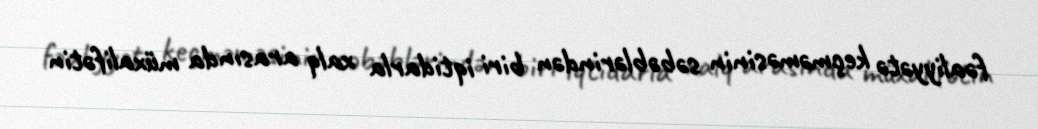
fəaliyyətə keçməməsinin səbəblərindən biri iqtidarla xalq arasında müxalifətin